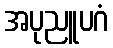
အပုညူပဂံ